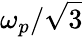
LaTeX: \omega_{p}/\sqrt{3}